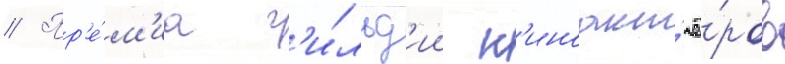
// Пр'е́м'иа г'и́льд'ии к'иноакт'ё́ров